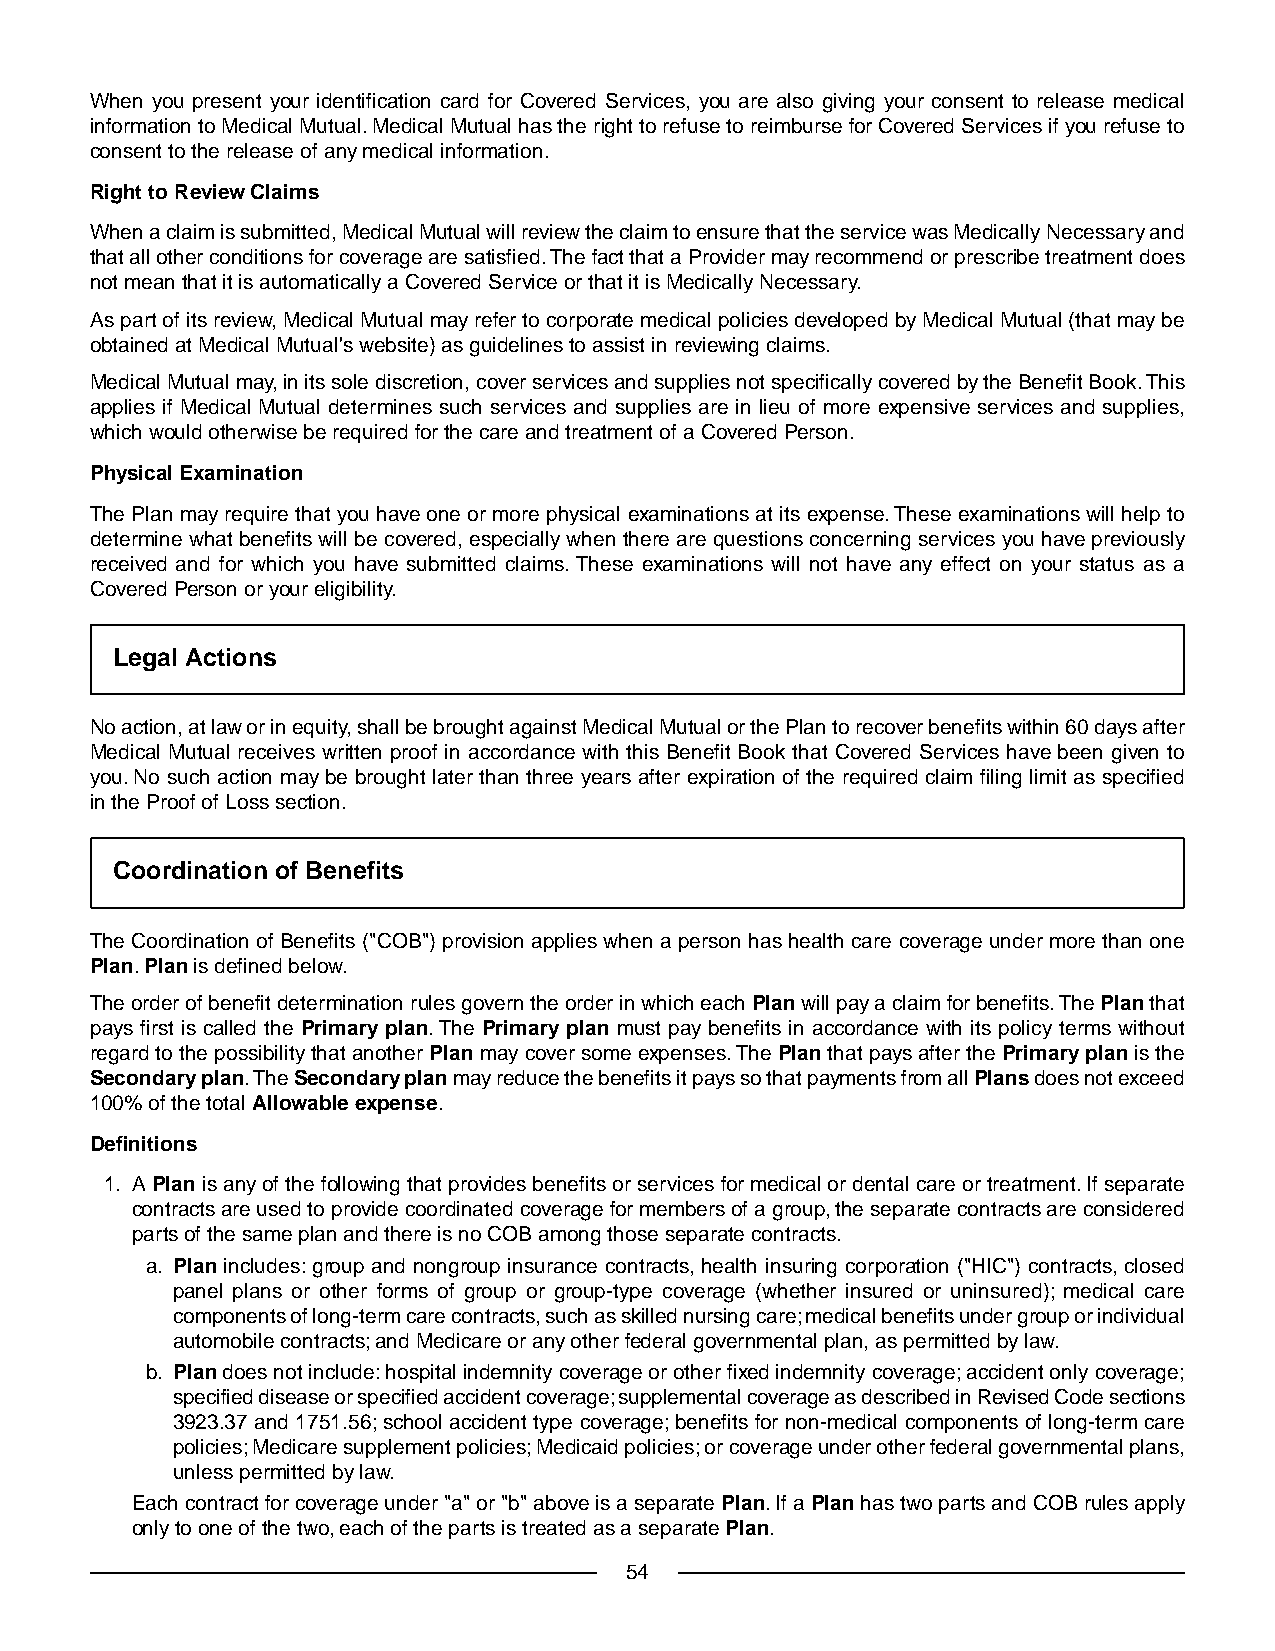
When you present your identification card for Covered Services, you are also giving your consent to release medical
 information to Medical Mutual. Medical Mutual has the right to refuse to reimburse for Covered Services if you refuse to
 consent to the release of any medical information.
 Right to Review Claims
 When a claim is submitted, Medical Mutual will review the claim to ensure that the service was Medically Necessary and
 that all other conditions for coverage are satisfied.The fact that a Provider may recommend or prescribe treatment does
 not mean that it is automatically a Covered Service or that it is Medically Necessary.
 As part of its review, Medical Mutual may refer to corporate medical policies developed by Medical Mutual (that may be
 obtained at Medical Mutual's website) as guidelines to assist in reviewing claims.
 Medical Mutual may, in its sole discretion, cover services and supplies not specifically covered by the Benefit Book.This
 applies if Medical Mutual determines such services and supplies are in lieu of more expensive services and supplies,
 which would otherwise be required for the care and treatment of a Covered Person.
 Physical Examination
 The Plan may require that you have one or more physical examinations at its expense.These examinations will help to
 determine what benefits will be covered, especially when there are questions concerning services you have previously
 received and for which you have submitted claims.These examinations will not have any effect on your status as a
 Covered Person or your eligibility.
 Legal Actions
 No action, at law or in equity, shall be brought against Medical Mutual or the Plan to recover benefits within 60 days after
 Medical Mutual receives written proof in accordance with this Benefit Book that Covered Services have been given to
 you. No such action may be brought later than three years after expiration of the required claim filing limit as specified
 in the Proof of Loss section.
 Coordination of Benefits
 The Coordination of Benefits ("COB") provision applies when a person has health care coverage under more than one
 Plan.Plan is defined below.
 The order of benefit determination rules govern the order in which each Plan will pay a claim for benefits.The Plan that
 pays first is called the Primary plan.The Primary plan must pay benefits in accordance with its policy terms without
 regard to the possibility that another Plan may cover some expenses.The Plan that pays after the Primary plan is the
 Secondary plan.The Secondary plan may reduce the benefits it pays so that payments from all Plans does not exceed
 100% of the total Allowable expense.
 Definitions
 1. A Plan is any of the following that provides benefits or services for medical or dental care or treatment. If separate
 contracts are used to provide coordinated coverage for members of a group, the separate contracts are considered
 parts of the same plan and there is no COB among those separate contracts.
 a. Plan includes: group and nongroup insurance contracts, health insuring corporation ("HIC") contracts, closed
 panel plans or other forms of group or group-type coverage (whether insured or uninsured); medical care
 components of long-term care contracts, such as skilled nursing care; medical benefits under group or individual
 automobile contracts; and Medicare or any other federal governmental plan, as permitted by law.
 b. Plan does not include: hospital indemnity coverage or other fixed indemnity coverage; accident only coverage;
 specified disease or specified accident coverage; supplemental coverage as described in Revised Code sections
 3923.37 and 1751.56; school accident type coverage; benefits for non-medical components of long-term care
 policies; Medicare supplement policies; Medicaid policies; or coverage under other federal governmental plans,
 unless permitted by law.
 Each contract for coverage under "a" or "b" above is a separate Plan. If a Plan has two parts and COB rules apply
 only to one of the two, each of the parts is treated as a separate Plan.
 54